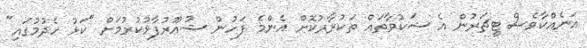
އަނެއްކާވެސް ޓީޗަރުން އެ ޝަކުވާތައް ތަކުރާރުކޮށް އެންމެ ފަހުން ޝުއޫރުފާޅުކުރުމަށް "ކަޅު ހެދުމުގައި"